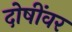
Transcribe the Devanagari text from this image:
दोषींवर